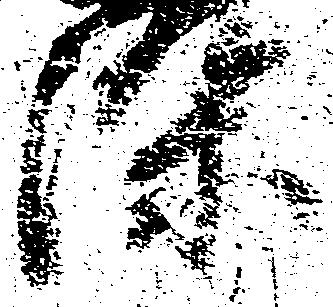
染